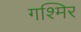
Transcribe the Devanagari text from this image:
गश्मिर